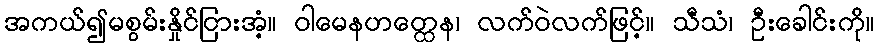
အကယ်၍မစွမ်းနှိုင်ငြားအံ့။ ဝါမေနဟတ္ထေန၊ လက်ဝဲလက်ဖြင့်။ သီသံ၊ ဦးခေါင်းကို။